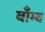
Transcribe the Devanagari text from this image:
बाँम्ब